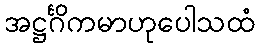
အဋ္ဌင်္ဂိကမာဟုပေါသထံ